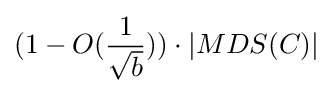
(1-O({\frac {1}{\sqrt {b}}}))\cdot |MDS(C)|